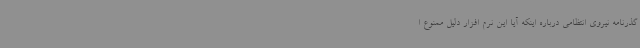
گذرنامه نیروی انتظامی درباره اینکه آیا این نرم افزار دلیل ممنوع ا